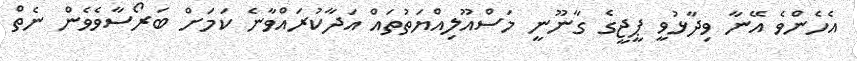
އެހެންވެ އޭނާ ވިދާޅުވީ ޕީޖީގެ ގާނޫނީ މަސްއޫލިއްޔަތުތައް އަދާކުރައްވާނެ ކަމަށް ބަރޯސާވެވެން ނެތް